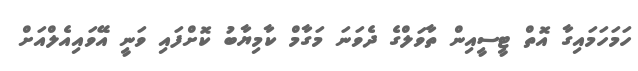
ހަމަހަމައިގާ އޮތް ޓީސީއިން ތާވަލްގެ ދެވަނަ މަގާމް ކާމިޔާބު ކޮށްފައި ވަނީ އޭވައިއެލްއަށް